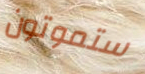
ستموتون